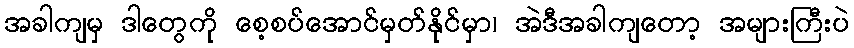
အခါကျမှ ဒါတွေကို စေ့စပ်အောင်မှတ်နိုင်မှာ၊ အဲဒီအခါကျတော့ အများကြီးပဲ